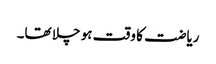
ریاضت کا وقت ہو چلا تھا۔